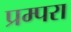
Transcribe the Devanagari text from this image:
प्रम्परा